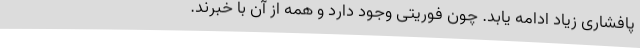
پافشاری زیاد ادامه یابد. چون فوریتی وجود دارد و همه از آن با خبرند.